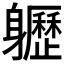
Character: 𨊛